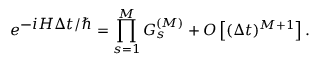
e ^ { \textstyle - i H \Delta t / \hbar } = \prod _ { s = 1 } ^ { \cal M } G _ { s } ^ { ( { \cal M } ) } + { \cal O } \left[ ( \Delta t ) ^ { { \cal M } + 1 } \right] .